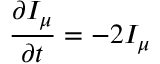
\frac { \partial I _ { \mu } } { \partial t } = - 2 I _ { \mu }